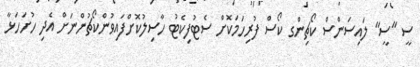
ސީ "ސީ" ލައިސަންސް ކޯޗިންގ ކޯސް ފުރިހަމަކޮށް ސެޓުފިކެޓު ހާސިލުކޮށްފައިވުންކޯޗުންނަށް އެދި ހުށަހަޅާ